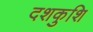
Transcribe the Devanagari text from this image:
दशकुशि